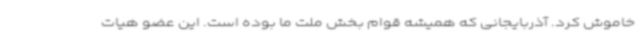
خاموش کرد. آذربایجانی که همیشه قوام بخش ملت ما بوده است. این عضو هیات